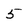
Character: 5